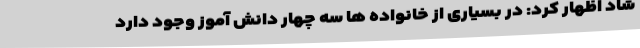
شاد اظهار کرد: در بسیاری از خانواده ها سه چهار دانش آموز وجود دارد